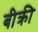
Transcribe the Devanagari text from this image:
बीक्री